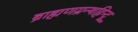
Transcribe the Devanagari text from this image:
ब्राह्मणग्रन्थहिन्दू